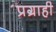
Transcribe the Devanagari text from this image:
प्रग्राही